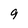
Character: 9